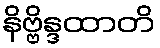
နိဗ္ဗိန္ဒထာတိ